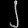
Digit: ၂